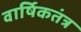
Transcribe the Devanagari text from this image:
वार्षिकतंत्र